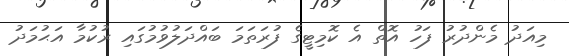
މިއަދު މެންދުރު ފަހު އޮތް އެ ކޮމިޓީގެ ފުރަތަމަ ބައްދަލުވުމުގައި ރުކުމާ އަޙުމަދު